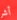
أشر